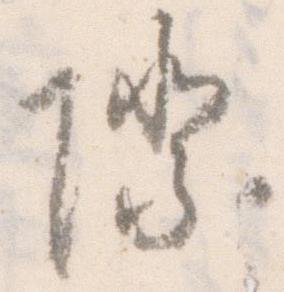
際